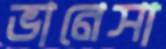
ভানেসা